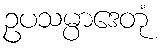
ဥပသမ္ပာဒေတုံ